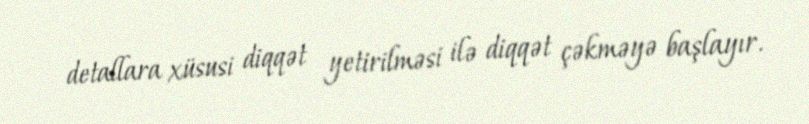
detallara xüsusi diqqət yetirilməsi ilə diqqət çəkməyə başlayır.